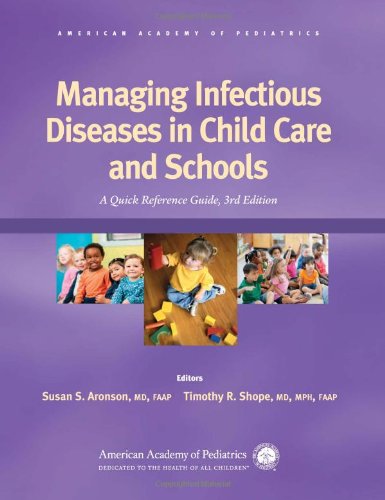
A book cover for Managing Infectious Diseases in Child Care and Schools: A Quick Reference Guide; Medical Books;